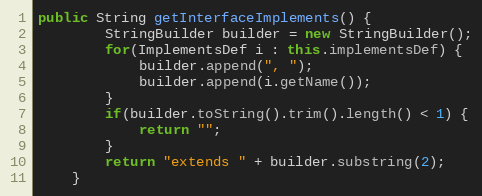
Language: Java
public String getInterfaceImplements() {
        StringBuilder builder = new StringBuilder();
        for(ImplementsDef i : this.implementsDef) {
            builder.append(", ");
            builder.append(i.getName());
        }
        if(builder.toString().trim().length() < 1) {
            return "";
        }
        return "extends " + builder.substring(2);
    }